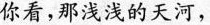
你看，那浅浅的天河，